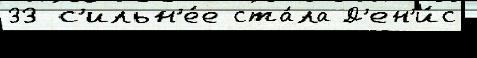
33 с'ильн'е́е ста́ла Д'ен'и́с